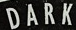
DARK